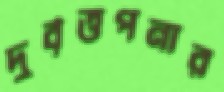
দুর্বৃত্তপনার